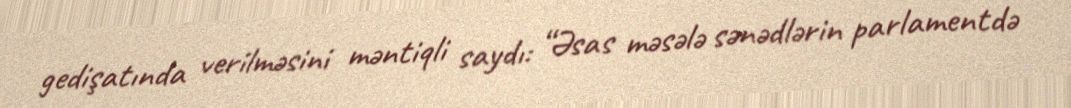
gedişatında verilməsini məntiqli saydı: “Əsas məsələ sənədlərin parlamentdə